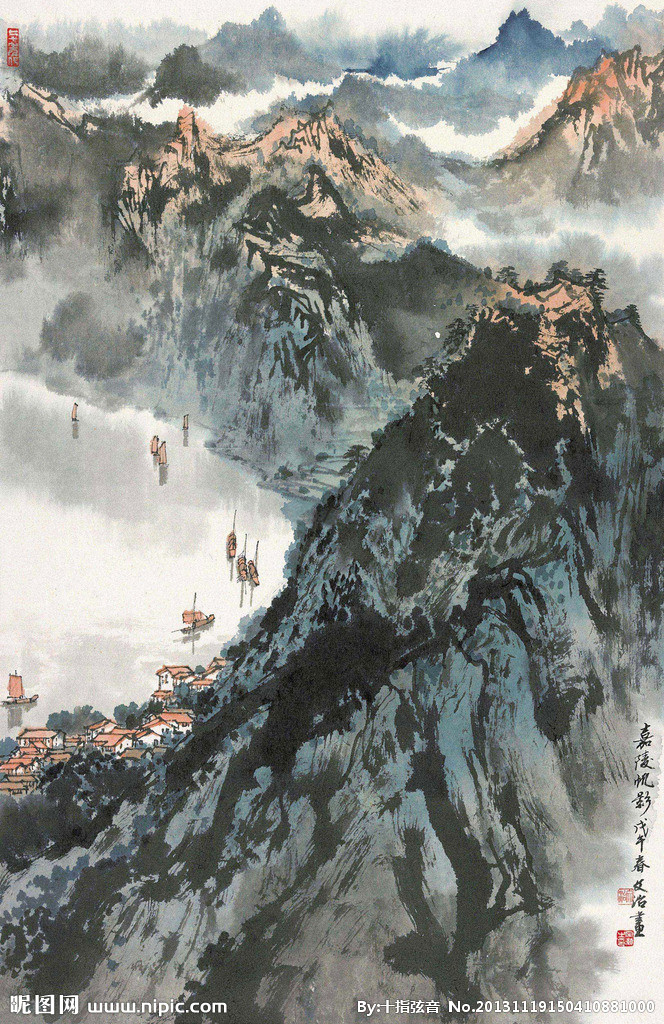
片帆西去，一声谁喷霜竹。